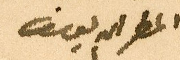
المطران يوسف